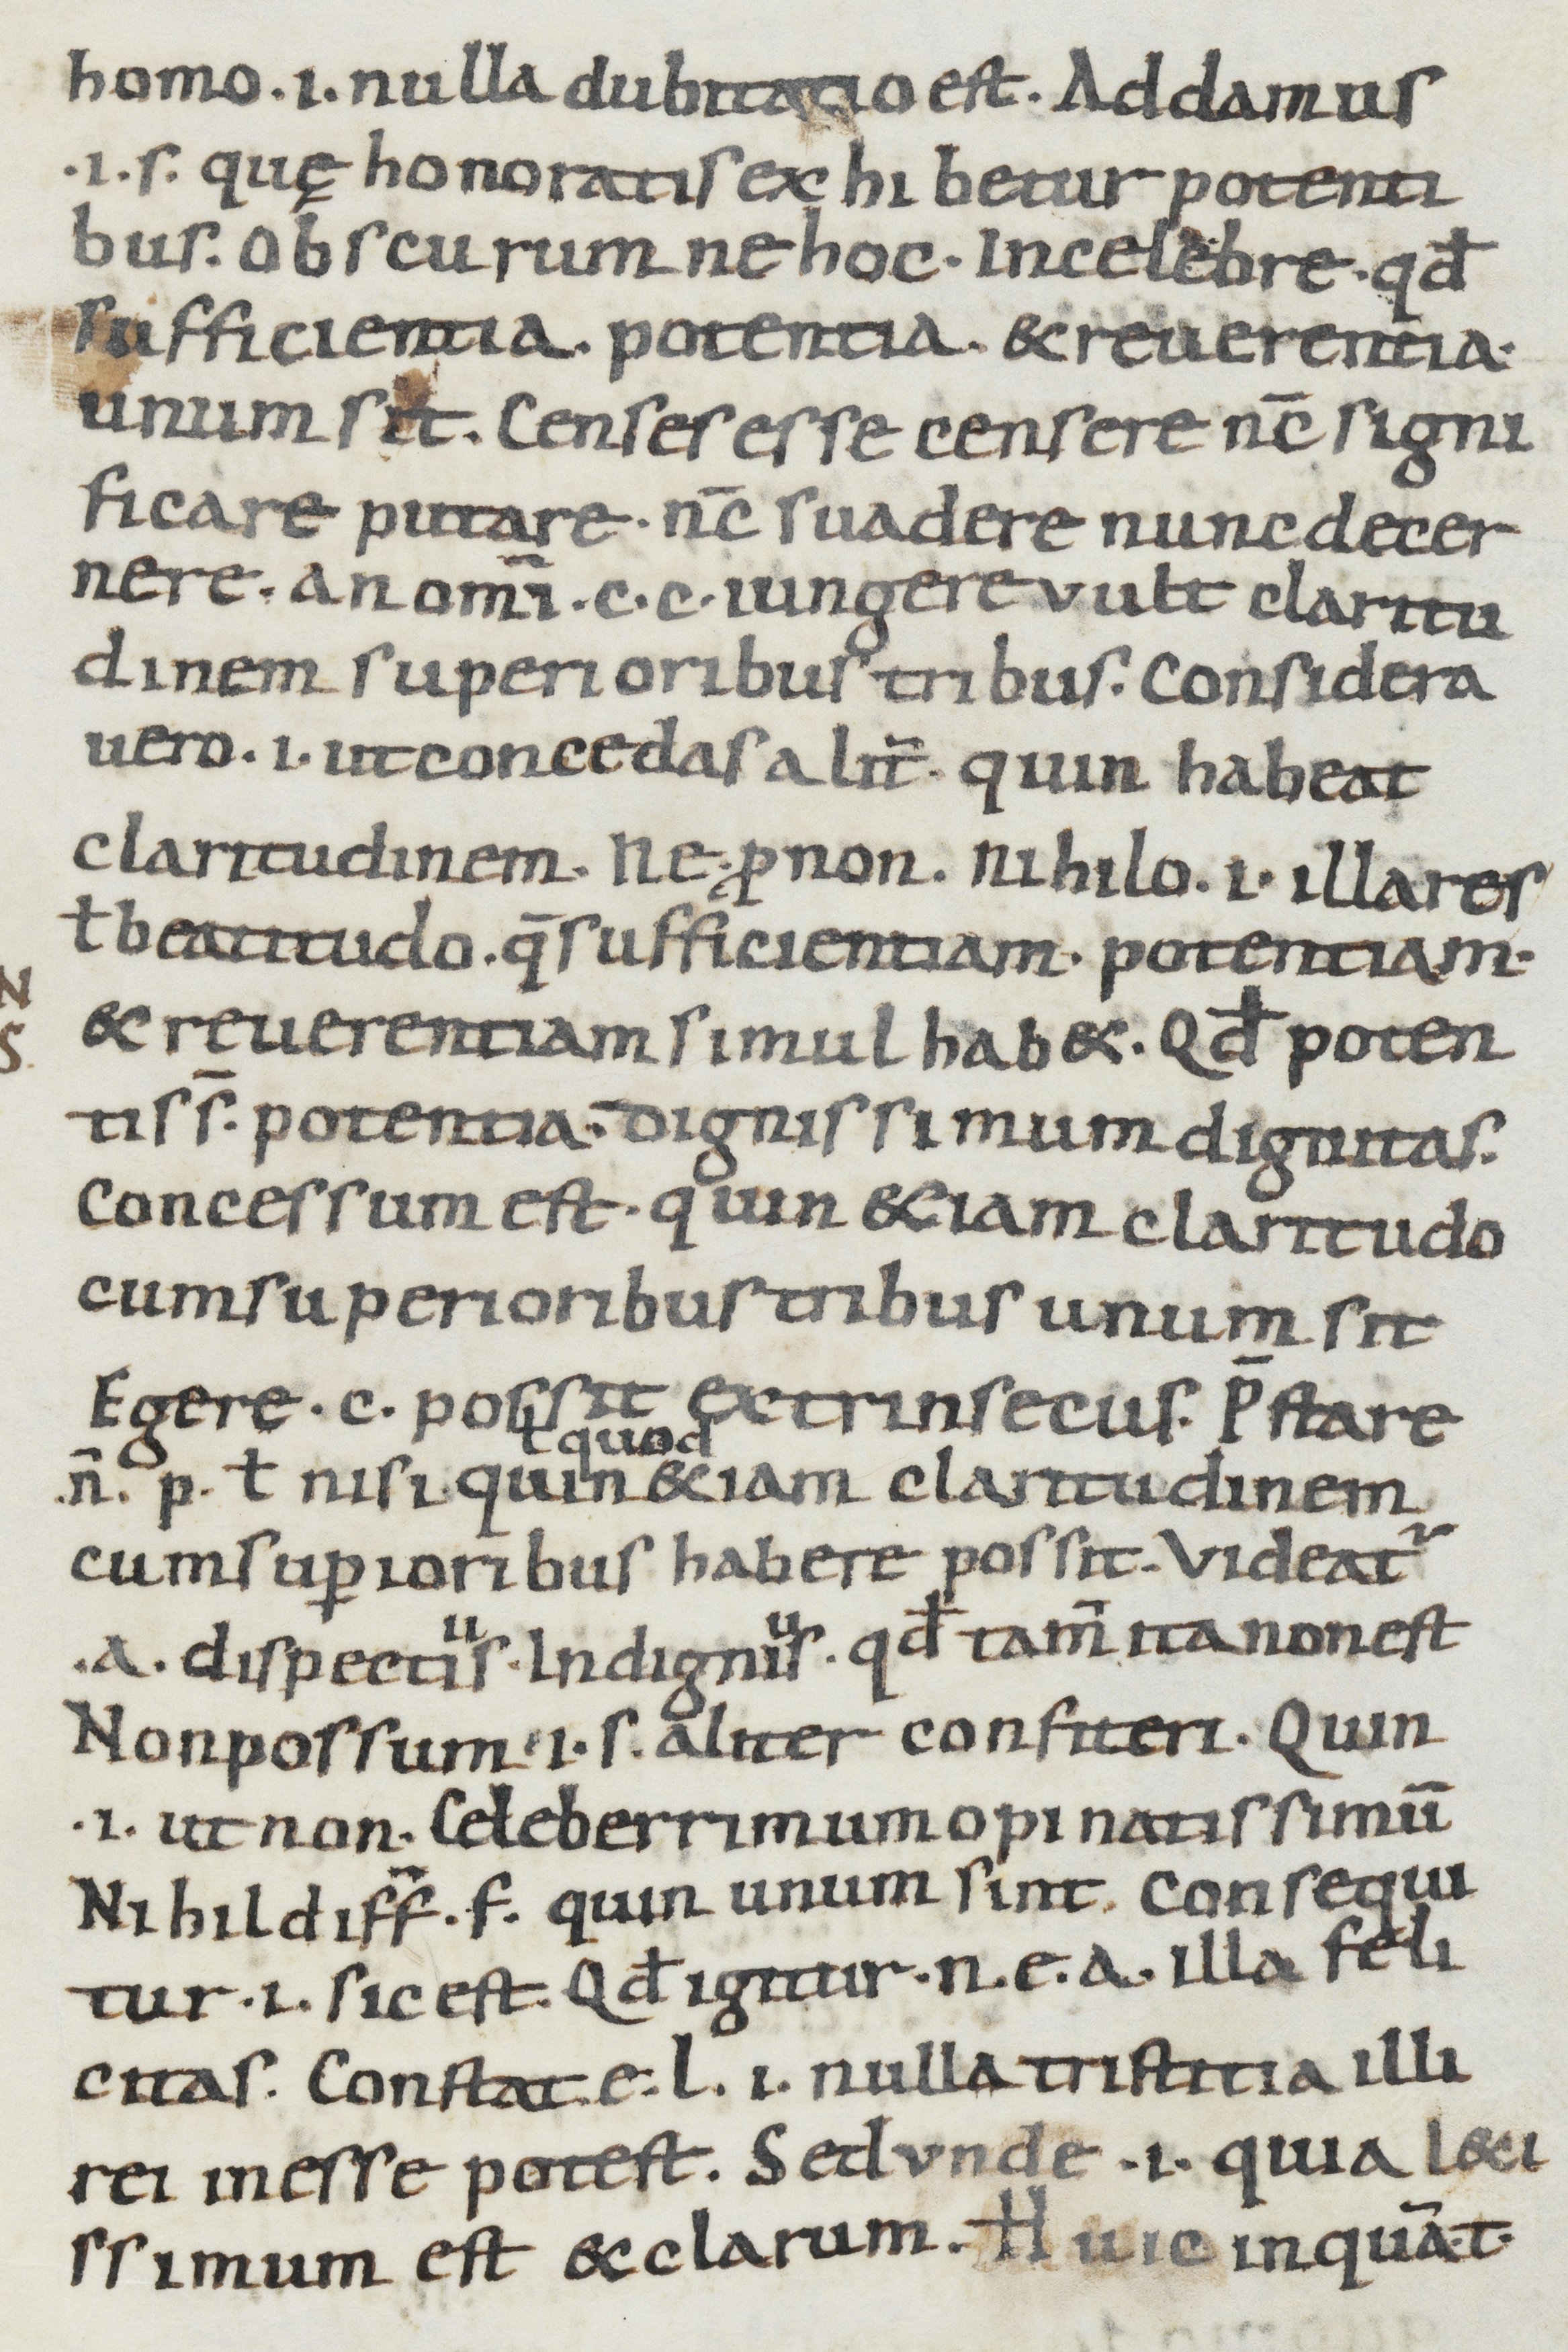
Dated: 900–999